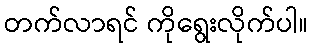
တက်လာရင် ကိုရွေးလိုက်ပါ။